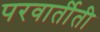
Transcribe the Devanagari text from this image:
परवार्तीती